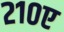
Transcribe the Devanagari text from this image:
२१०ए